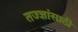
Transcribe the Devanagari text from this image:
तज्ज्ञांसाठी